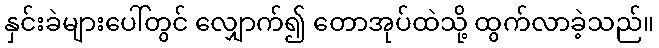
နှင်းခဲများပေါ်တွင် လျှောက်၍ တောအုပ်ထဲသို့ ထွက်လာခဲ့သည်။